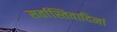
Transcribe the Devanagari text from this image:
सर्वास्तिवादिनां